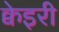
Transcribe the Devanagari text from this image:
क्वेइरी